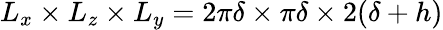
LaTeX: L_{x}\times L_{z}\times L_{y}=2\pi\delta\times\pi\delta\times 2(\delta+h)